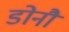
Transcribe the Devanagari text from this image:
डोनौ